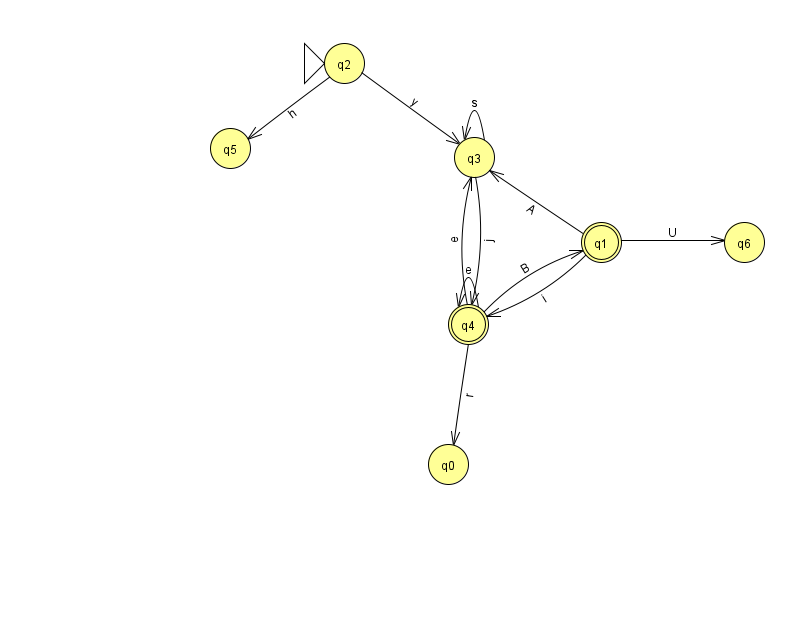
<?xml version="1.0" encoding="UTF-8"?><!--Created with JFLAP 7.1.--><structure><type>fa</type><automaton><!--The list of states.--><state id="0" name="q0"><x>448.0</x><y>451.0</y></state><state id="1" name="q1"><x>601.0</x><y>229.0</y><final/></state><state id="2" name="q2"><x>344.0</x><y>50.0</y><initial/></state><state id="3" name="q3"><x>474.0</x><y>144.0</y></state><state id="4" name="q4"><x>468.0</x><y>311.0</y><final/></state><state id="5" name="q5"><x>230.0</x><y>135.0</y></state><state id="6" name="q6"><x>744.0</x><y>229.0</y></state><!--The list of transitions.--><transition><from>1</from><to>3</to><read>A</read></transition><transition><from>1</from><to>4</to><read>i</read></transition><transition><from>3</from><to>3</to><read>s</read></transition><transition><from>3</from><to>4</to><read>j</read></transition><transition><from>4</from><to>4</to><read>e</read></transition><transition><from>4</from><to>0</to><read>r</read></transition><transition><from>1</from><to>6</to><read>U</read></transition><transition><from>2</from><to>3</to><read>y</read></transition><transition><from>2</from><to>5</to><read>h</read></transition><transition><from>4</from><to>1</to><read>B</read></transition><transition><from>4</from><to>3</to><read>e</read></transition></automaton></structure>